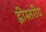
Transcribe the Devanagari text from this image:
द्वीस्तरीय